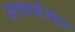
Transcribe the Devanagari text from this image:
जयवर्मनदेव